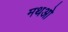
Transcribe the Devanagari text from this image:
मथओ